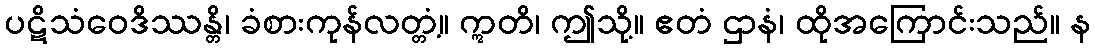
ပဋိသံဝေဒိဿန္တိ၊ ခံစားကုန်လတ္တံ့။ ဣတိ၊ ဤသို့။ ဧတံ ဌာနံ၊ ထိုအကြောင်းသည်။ န